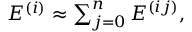
\begin{array} { r } { E ^ { ( i ) } \approx \sum _ { j = 0 } ^ { n } E ^ { ( i j ) } , } \end{array}